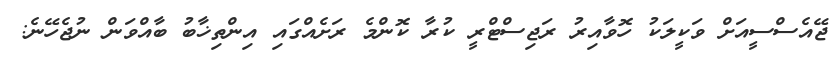
ޖޭއެސްސީއަށް ވަކީލަކު ހޮވާއިރު ރަޖިސްޓްރީ ކުރާ ކޮންމެ ރަށެއްގައި އިންތިޚާބު ބާއްވަން ނުޖެހޭނެ: